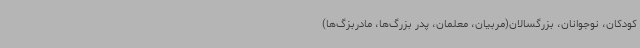
کودکان، نوجوانان، بزرگسالان(مربیان، معلمان، پدر بزرگ‌ها، مادربزگ‌ها)